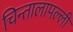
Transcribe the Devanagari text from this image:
चिन्तालापल्ली